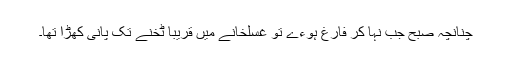
چنانچہ صبح جب نہا کر فارغ ہوءے تو غسلخانے میں قریبا ٹخنے تک پانی کھڑا تھا۔